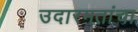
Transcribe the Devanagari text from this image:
उदारमतांचा